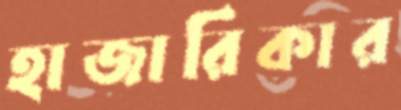
হাজারিকার